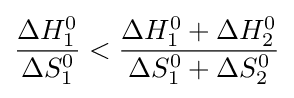
{\frac {\Delta H_{1}^{0}}{\Delta S_{1}^{0}}}<{\frac {\Delta H_{1}^{0}+\Delta H_{2}^{0}}{\Delta S_{1}^{0}+\Delta S_{2}^{0}}}